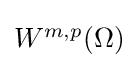
{\textstyle W^{m,p}(\Omega )}